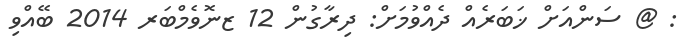
: @ ސަންއަށް ޚަބަރެއް ދެއްވުމަށް: ދިރާގުން 12 ޒނޮވެމްބަރ 2014 ބޭއްވި